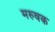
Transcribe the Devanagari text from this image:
मरुवक